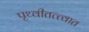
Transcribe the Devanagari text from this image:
पृथ्वीतत्त्वात